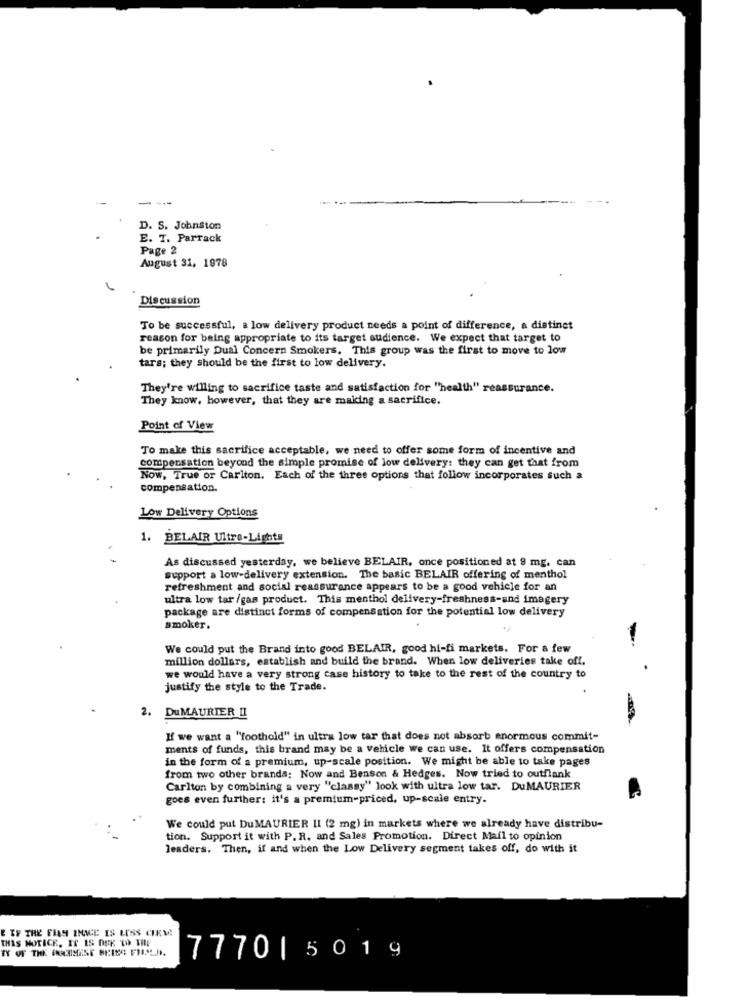
----
D. S. Johnston
E. T. Parrack
Page 2
August 31, 1978
Discussion
To be successful, a low delivery product needs a point of difference, a distinct
reason for being appropriate to its target audience. We expect that target to
be primarily Dual Concern Smokers. This group was the first to move to low
tars; they should be the first to low delivery.
They're willing to sacrifice taste and satisfaction for "health" reassurance.
They know, however, that they are making a sacrifice.
Point of View
To make this sacrifice acceptable, we need to offer some form of incentive and
compensation beyond the simple promise of low delivery: they can get that from
Now, True or Carlton. Each of the three options that follow incorporates such a
compensation.
Low Delivery Options
1. BELAIR Ultra-Lights
As discussed yesterday, we believe BELAIR, once positioned at 9 mg, can
support a low-delivery extension. The basic BELAIR offering of menthol
refreshment and social reassurance appears to be a good vehicle for an
ultra low tar /gas product. This menthol delivery-freshness-and imagery
package are distinct forms of compensation for the potential low delivery
smoker.
We could put the Brand into good BELAIR, good hi-fi markets. For a few
million dollars, establish and build the brand. When low deliveries take off.
we would have a very strong case history to take to the rest of the country to
justify the style to the Trade.
2. DuMAURIER II
If we want a "foothold" in ultra low tar that does not absorb enormous commit-
ments of funds, this brand may be a vehicle we can use. It offers compensation
in the form of a premium, up-scale position. We might be able to take pages
from two other brands: Now and Benson & Hedges. Now tried to outflank
Carlton by combining a very "classy" look with ultra low tar. DuMAURIER
goes even further: it's a premium-priced, up-scale entry.
We could put DuMAURIER II (2 mg) in markets where we already have distribu-
tion. Support it with P. R. and Sales Promotion. Direct Mail to opinion
leaders. Then, if and when the Low Delivery segment takes off, do with it
E IF THE FIAN ENICE IS LESS CIRM!
THIS NOTICE. IT IS DUE TO THE
777015019